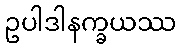
ဥပါဒါနက္ခယဿ